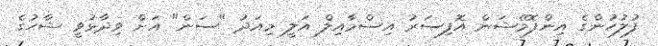
ފުލުހުންގެ އިންފޮމޭޝަން އޮފިސަރު އިސްމާއިލް އަލީ މިއަދު "ސަން" އަށް ވިދާޅުވީ ޝާހުގެ